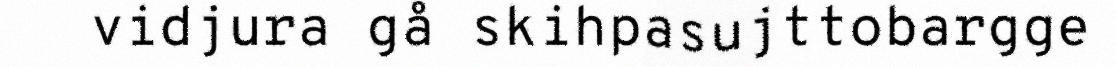
vidjura gå skihpasujttobargge